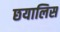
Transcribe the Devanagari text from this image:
छयालिस